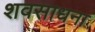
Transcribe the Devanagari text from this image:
शवसाधना